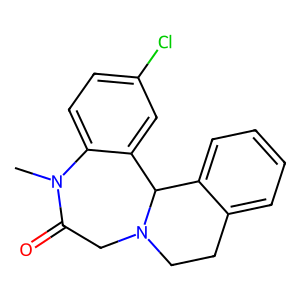
SMILES: CN1C(=O)CN2CCc3ccccc3C2c2cc(Cl)ccc21
Inhibits HIV replication: No